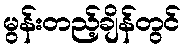
မွန်းတည့်ချိန်တွင်